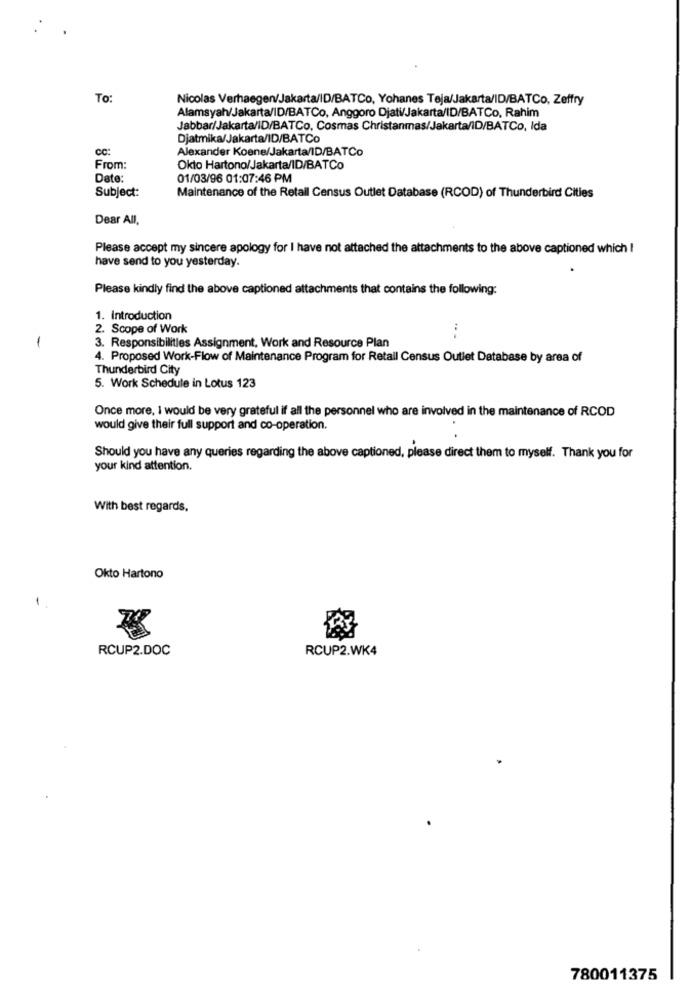
To:
Nicolas Verhaegen/Jakarta/ID/BATCo, Yohanes Teja/Jakarta/ID/BATCo, Zeffry
Alamsyah/Jakarta/ID/BATCo, Anggoro Djati/Jakarta/ID/BATCo, Rahim
Jabbar/Jakarta/ID/BATCo, Cosmas Christanmas/Jakarta/ID/BATCo, Ida
Djatmika/Jakarta/ID/BATCo
cc:
Alexander Koene/Jakarta/ID/BATCo
From:
Okto Hartono/Jakarta/ID/BATCo
Date:
01/03/96 01:07:46 PM
Subject:
Maintenance of the Retail Census Outlet Database (RCOD) of Thunderbird Cities
Dear All,
Please accept my sincere apology for I have not attached the attachments to the above captioned which I
have send to you yesterday.
Please kindly find the above captioned attachments that contains the following:
1. Introduction
2. Scope of Work
...
-
3. Responsibilities Assignment, Work and Resource Plan
4. Proposed Work-Flow of Maintenance Program for Retail Census Outlet Database by area of
Thunderbird City
5. Work Schedule in Lotus 123
Once more, I would be very grateful if all the personnel who are involved in the maintenance of RCOD
would give their full support and co-operation.
Should you have any queries regarding the above captioned, please direct them to myself. Thank you for
your kind attention.
With best regards,
Okto Hartono
1
RCUP2.DOC
RCUP2.WK4
780011375